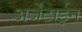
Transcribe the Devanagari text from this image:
अर्जेंटाईन